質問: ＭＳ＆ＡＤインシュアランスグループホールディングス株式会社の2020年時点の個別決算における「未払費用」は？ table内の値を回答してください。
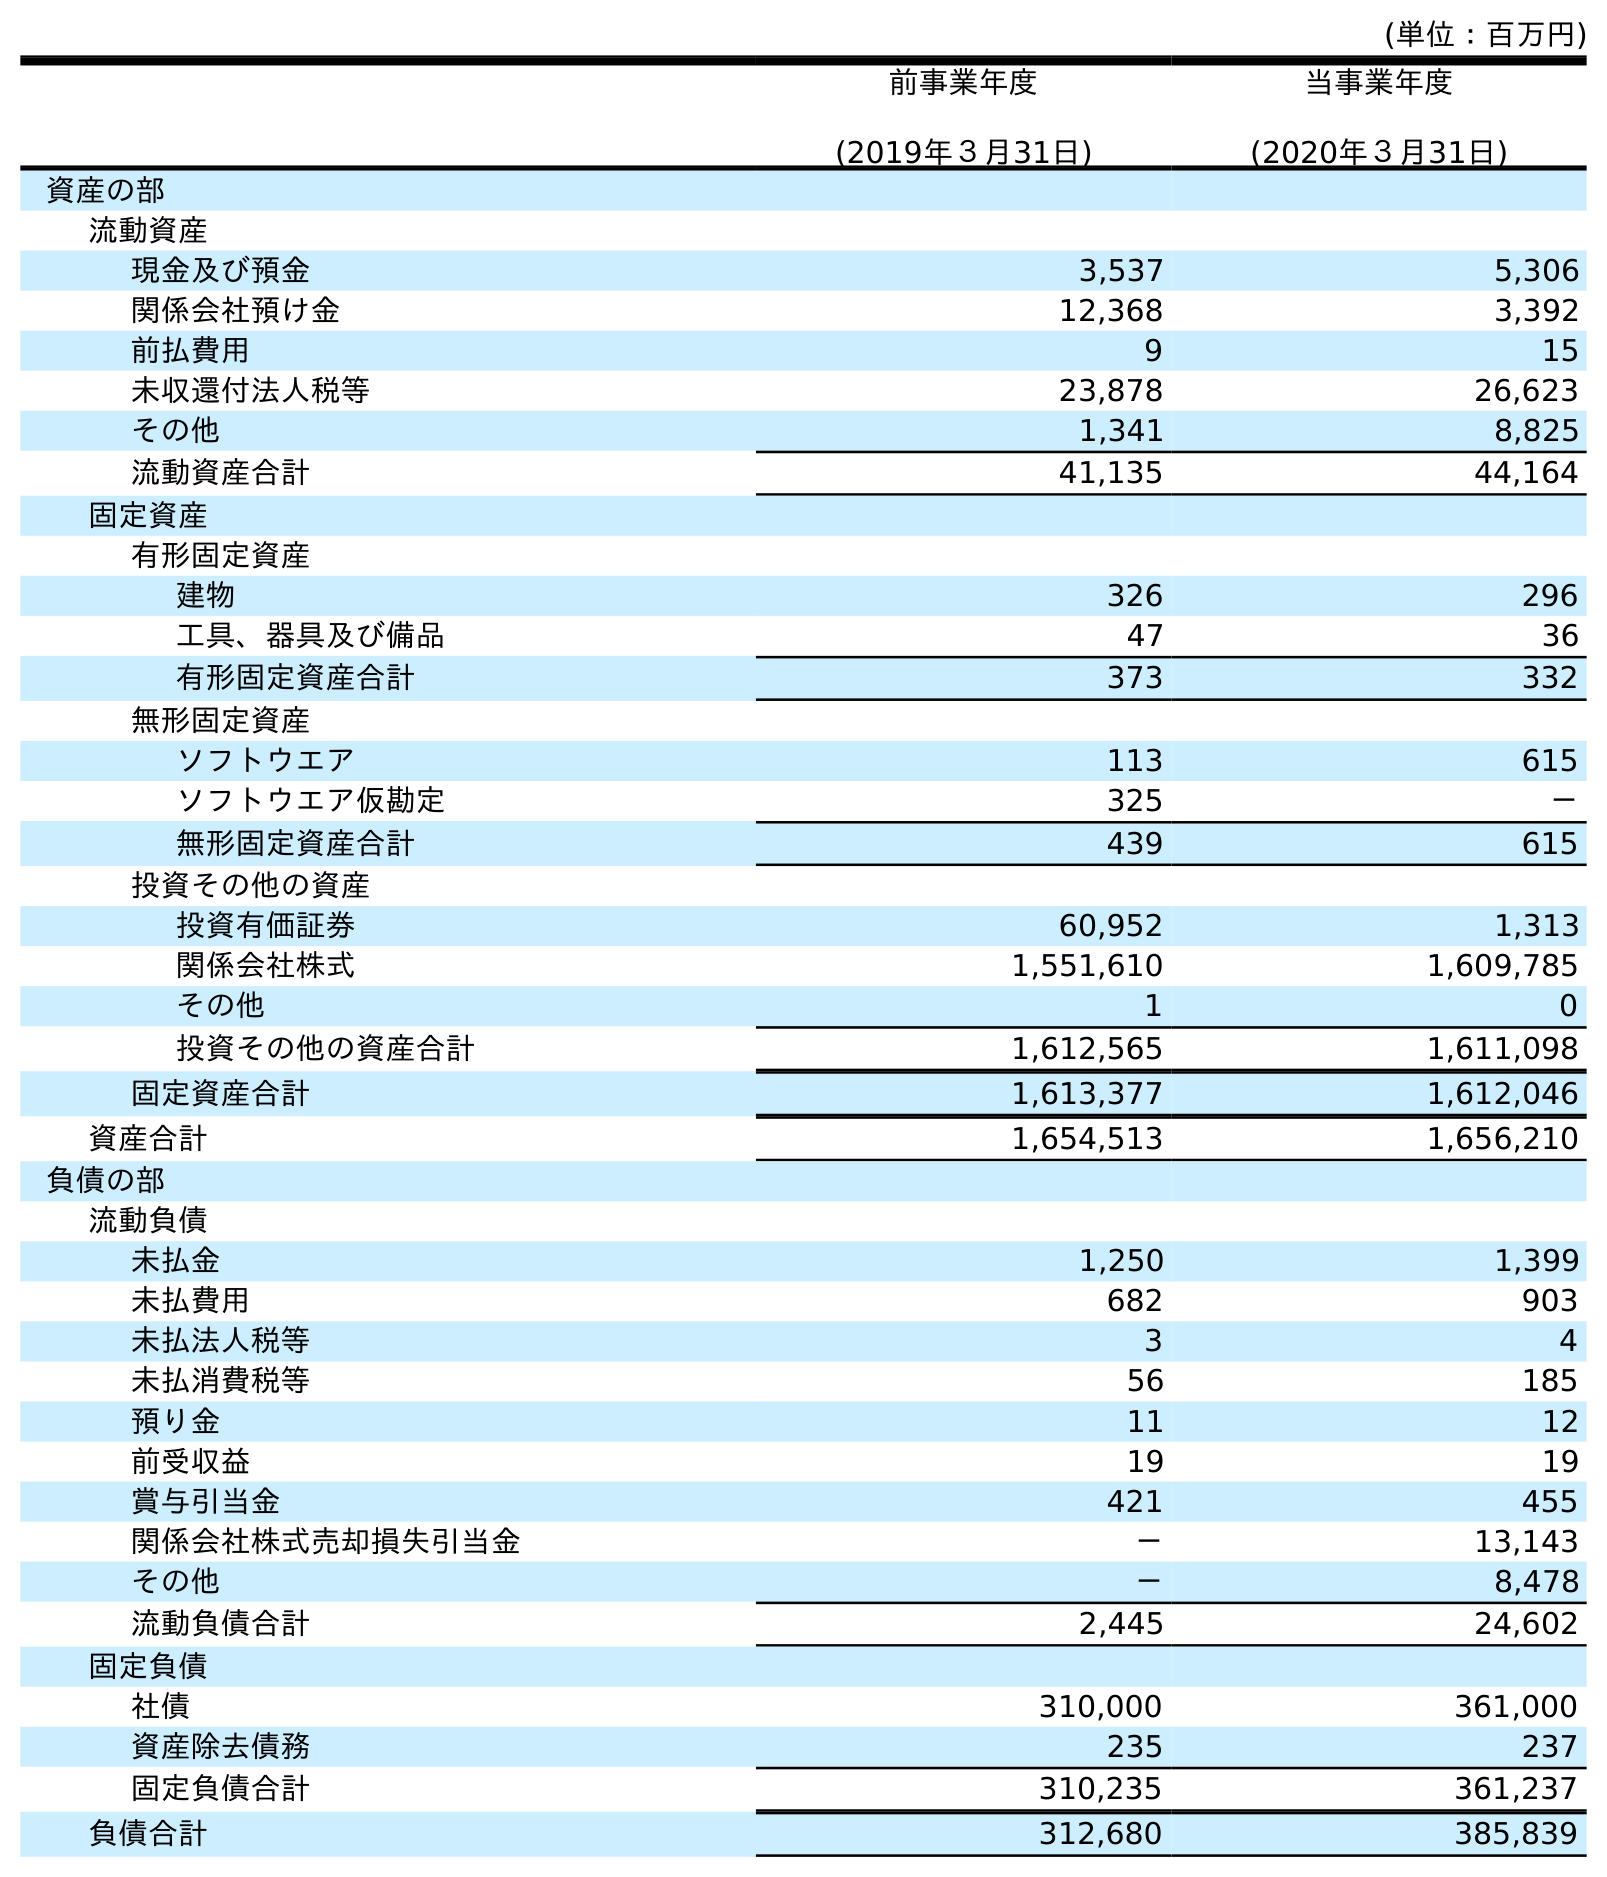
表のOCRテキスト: (単位：百万円) 前事業年度 (2019年３月31日) 当事業年度 (2020年３月31日) 資産の部 流動資産 現金及び預金 3,537 5,306 関係会社預け金 12,368 3,392 前払費用 9 15 未収還付法人税等 23,878 26,623 その他 1,341 8,825 流動資産合計 41,135 44,164 固定資産 有形固定資産 建物 326 296 工具、器具及び備品 47 36 有形固定資産合計 373 332 無形固定資産 ソフトウエア 113 615 ソフトウエア仮勘定 325 － 無形固定資産合計 439 615 投資その他の資産 投資有価証券 60,952 1,313 関係会社株式 1,551,610 1,609,785 その他 1 0 投資その他の資産合計 1,612,565 1,611,098 固定資産合計 1,613,377 1,612,046 資産合計 1,654,513 1,656,210 負債の部 流動負債 未払金 1,250 1,399 未払費用 682 903 未払法人税等 3 4 未払消費税等 56 185 預り金 11 12 前受収益 19 19 賞与引当金 421 455 関係会社株式売却損失引当金 － 13,143 その他 － 8,478 流動負債合計 2,445 24,602 固定負債 社債 310,000 361,000 資産除去債務 235 237 固定負債合計 310,235 361,237 負債合計 312,680 385,839
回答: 903